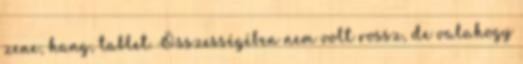
zene, hang, tablet. Összességében nem volt rossz, de valahogy